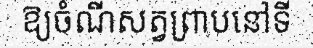
ឱ្យចំណីសត្វព្រាបនៅទី